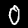
Label: 0